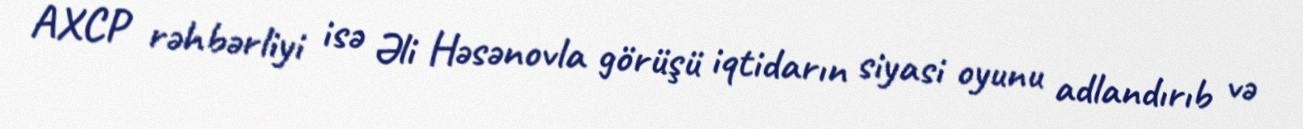
AXCP rəhbərliyi isə Əli Həsənovla görüşü iqtidarın siyasi oyunu adlandırıb və